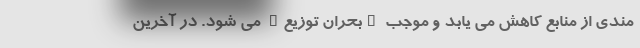
مندی از منابع کاهش می یابد و موجب "بحران توزیع" می شود. در آخرین